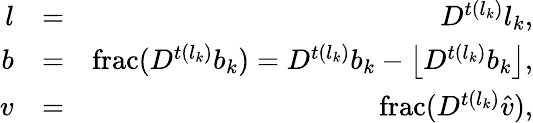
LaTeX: \begin{array}{rlr}{l}&{=}&{D^{t(l_{k})}l_{k},}\\ {b}&{=}&{\mathrm{frac}(D^{t(l_{k})}b_{k})=D^{t(l_{k})}b_{k}-\left\lfloor D^{t(l_{k})}b_{k}\right\rfloor,}\\ {v}&{=}&{\mathrm{frac}(D^{t(l_{k})}\hat{v}),}\end{array}